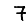
Digit: 7